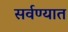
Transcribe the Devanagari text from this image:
सर्वण्यात